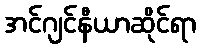
အင်ဂျင်နီယာဆိုင်ရာ